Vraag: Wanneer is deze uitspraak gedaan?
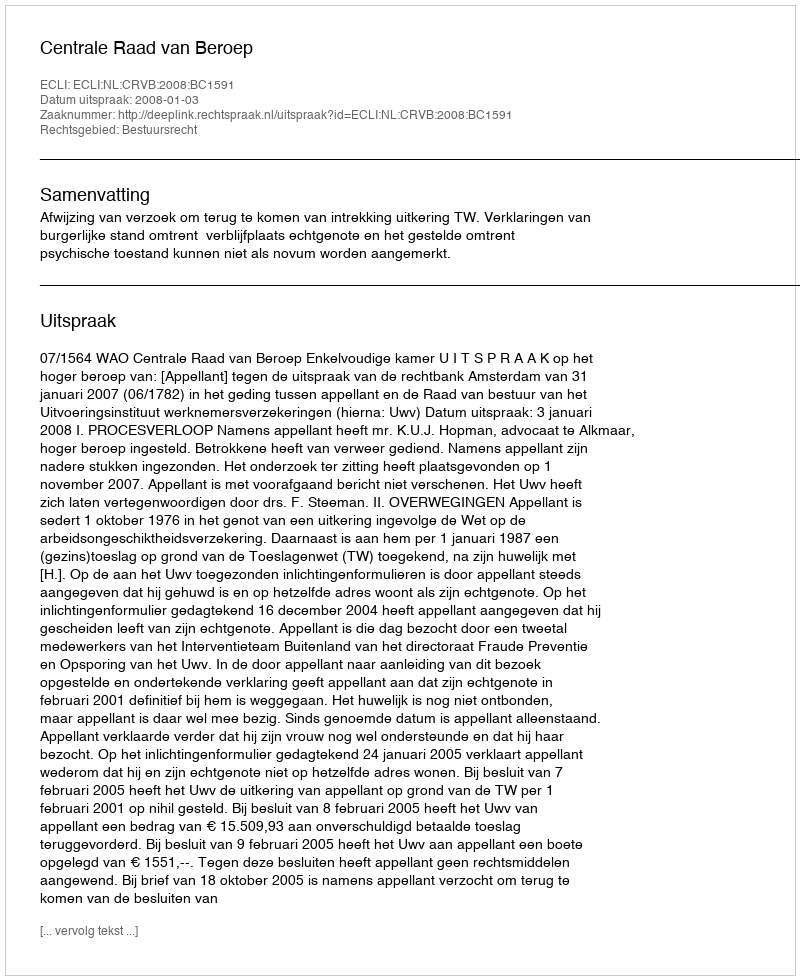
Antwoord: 2008-01-03